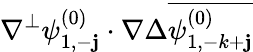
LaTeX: \nabla^{\perp}\psi_{1,-\mathbf{j}}^{(0)}\cdot\nabla\Delta\overline{{{\psi_{1,-k+\mathbf{j}}^{(0)}}}}